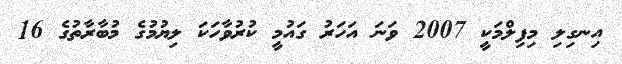
އިނގިލި މިފިލްމަކީ 2007 ވަނަ އަހަރު ގައުމީ ކުރުވާހަކަ ލިޔުމުގެ މުބާރާތުގެ 16